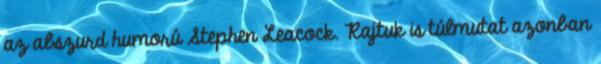
az abszurd humorú Stephen Leacock. Rajtuk is túlmutat azonban